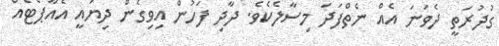
ގުދުރަތީ ދެވަނަ އެއް ނެތްފަދަ މިސާލެކެވެ. ދާދި ފަހުން އިވިގެން ދިޔައީ އެއާޕޯޓެއް